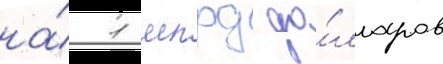
на́ 1 млрд до́лларов